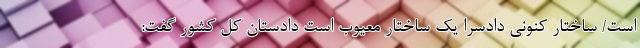
است/ ساختار کنونی دادسرا یک ساختار معیوب است دادستان کل کشور گفت: